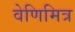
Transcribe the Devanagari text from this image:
वेणिमित्र